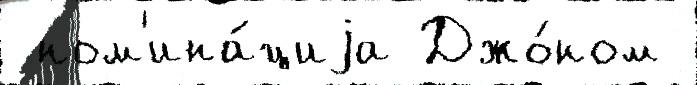
 ном'ина́циjа Джо́ном